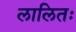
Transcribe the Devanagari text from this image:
लालितः